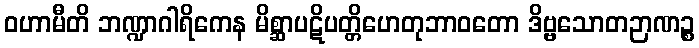
ဝဟာမီတိ ဘဏ္ဍာဂါရိကေန မိစ္ဆာပဋိပတ္တိဟေတုဘာဝတော ဒိဗ္ဗသောတဉာဏဉ္စ